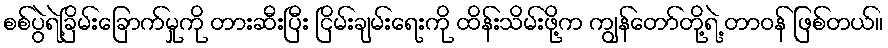
စစ်ပွဲရဲ့ခြိမ်းခြောက်မှုကို တားဆီးပြီး ငြိမ်းချမ်းရေးကို ထိန်းသိမ်းဖို့က ကျွန်တော်တို့ရဲ့ တာဝန် ဖြစ်တယ်။